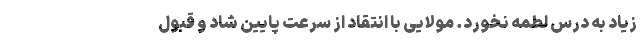
زیاد به درس لطمه نخورد. مولایی با انتقاد از سرعت پایین شاد و قبول